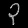
Digit: ၃